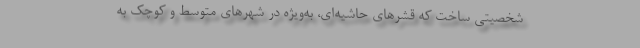
شخصیتی ساخت که قشرهای حاشیه‌ای، به‌ویژه در شهرهای متوسط و کوچک به